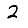
Digit: 2